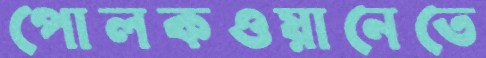
পোলকওয়ানেতে